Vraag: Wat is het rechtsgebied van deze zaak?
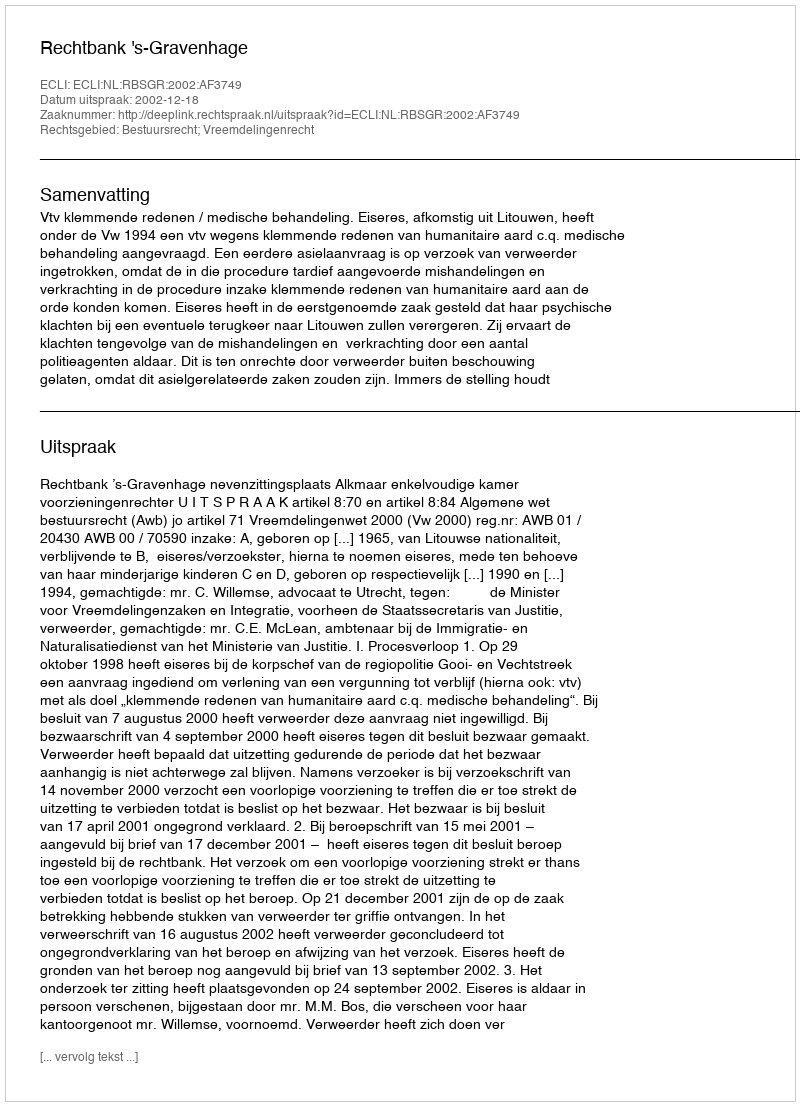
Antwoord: Bestuursrecht; Vreemdelingenrecht